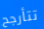
تتأرجح